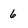
Character: 6